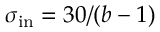
\sigma _ { \mathrm { i n } } = 3 0 / ( b - 1 )